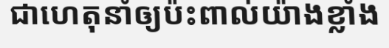
ជាហេតុនាំឲ្យប៉ះពាល់យ៉ាងខ្លាំង